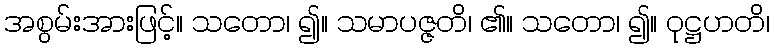
အစွမ်းအားဖြင့်။ သတော၊ ၍။ သမာပဇ္ဇတိ၊ ၏။ သတော၊ ၍။ ဝုဋ္ဌဟတိ၊